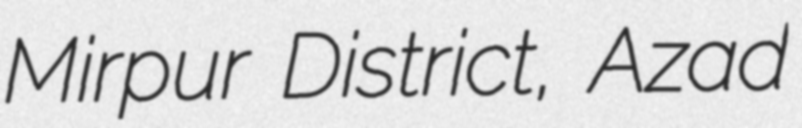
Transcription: Mirpur District, Azad